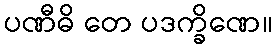
ပဏီဓိ တေ ပဒက္ခိဏေ။